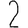
Digit: 2